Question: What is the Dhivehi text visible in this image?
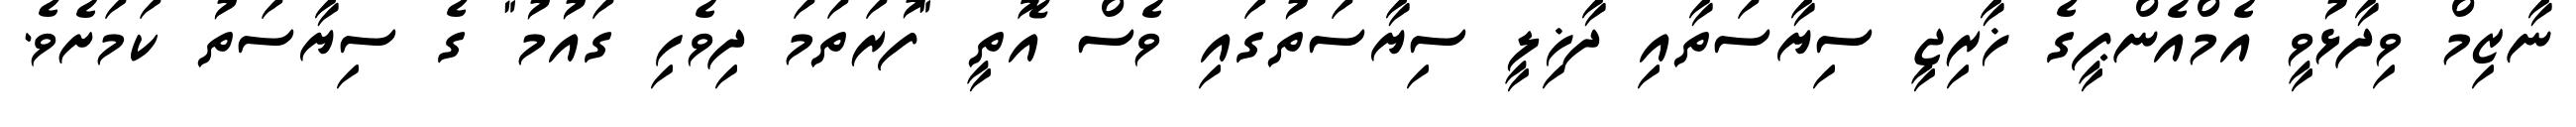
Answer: ނާޒިމް ވިދާޅުވީ އެމްއެންޕީގެ ޚާރިޖީ ސިޔާސަތާއި ދާޚިލީ ސިޔާސަތުގައި ވެސް އޮތީ "ފުރަތަމަ ދިވެހި ގައުމު" ގެ ސިޔާސަތު ކަމަށެވެ.